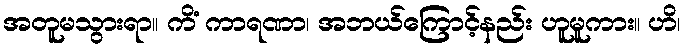
အတူမသွားရာ။ ကိံ ကာရဏာ၊ အဘယ်ကြောင့်နည်း ဟူမူကား။ ဟိ၊